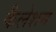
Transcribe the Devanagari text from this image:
कैलेशन